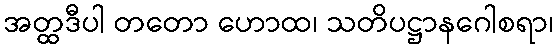
အတ္ထဒီပါ တတော ဟောထ၊ သတိပဋ္ဌာနဂေါစရာ၊